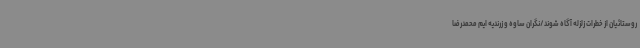
روستائیان از خطرات زلزله آگاه شوند/نگران ساوه و زرندیه ایم محمدرضا